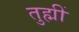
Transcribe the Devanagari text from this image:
तुह्मीं